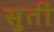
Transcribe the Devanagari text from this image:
सुतीं